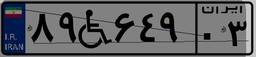
۸۹W۶۴۹۰۳